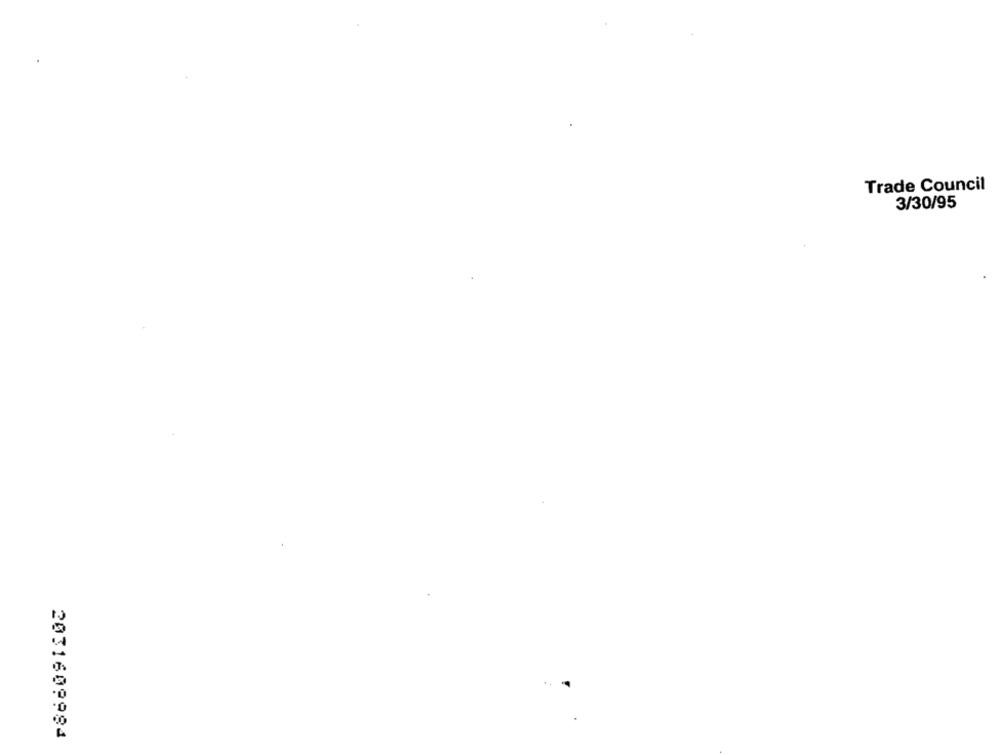
Trade Council
3/30/95
2031609984